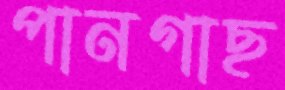
পানগাছ